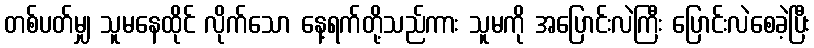
တစ်ပတ်မျှ သူမနေထိုင် လိုက်သော နေ့ရက်တို့သည်ကား သူမကို အပြောင်းလဲကြီး ပြောင်းလဲစေခဲ့ပြီး